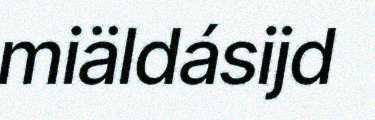
miäldásijd